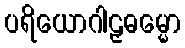
ပရိယောဂါဠှဓမ္မော